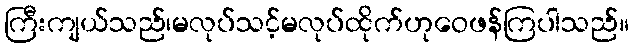
ကြီးကျယ်သည်၊မလုပ်သင့်မလုပ်ထိုက်ဟုဝေဖန်ကြပါသည်။